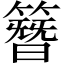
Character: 簪